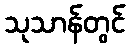
သုသာန်တွင်